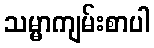
သမ္မာကျမ်းစာပါ